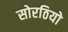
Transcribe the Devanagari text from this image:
सोरठियो